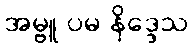
အမ္ဗူ ပမ နိဒ္ဒေသ